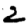
Digit: 2